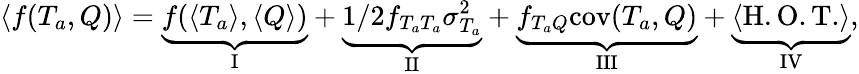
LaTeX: \langle f(T_{a},Q)\rangle=\underbrace{f(\langle T_{a}\rangle,\langle Q\rangle)}_{\mathrm{I}}+\underbrace{1/2f_{T_{a}T_{a}}\sigma_{T_{a}}^{2}}_{\mathrm{II}}+\underbrace{f_{T_{a}Q}\mathrm{cov}(T_{a},Q)}_{\mathrm{III}}+\underbrace{\langle\mathrm{H.O.T.}\rangle}_{\mathrm{IV}},